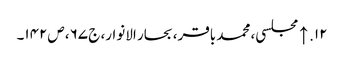
۱۲. ↑ مجلسی، محمد باقر، بحار الانوار، ج‌ ۶۷، ص‌۱۴۲۔